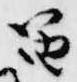
笛